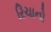
રિચાનો